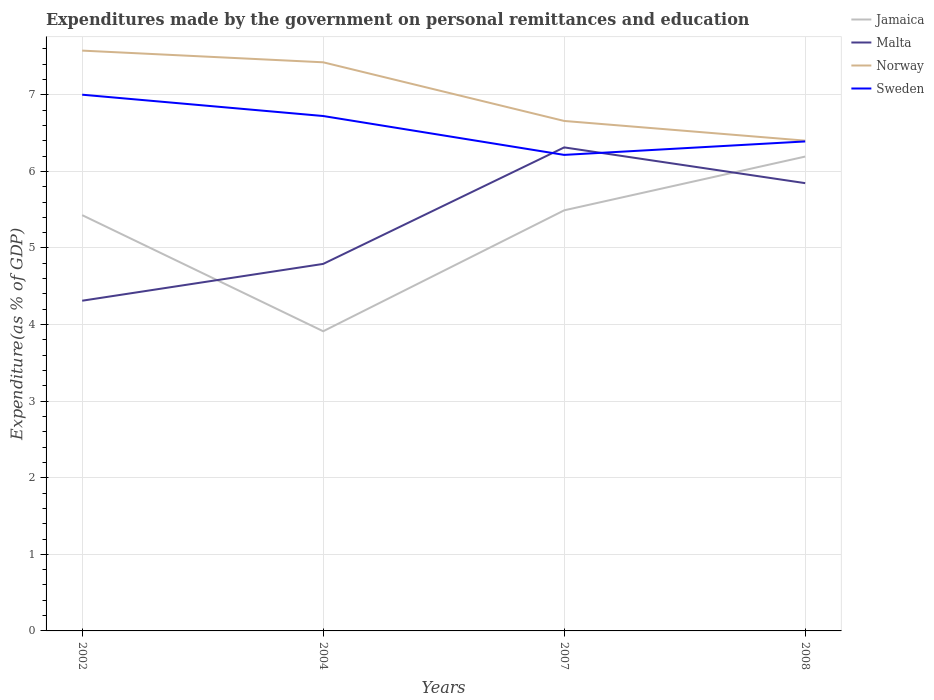
| Years | Jamaica | Malta | Norway | Sweden |
 | --- | --- | --- | --- | --- |
 | 2002 | 5.43 | 4.31 | 7.58 | 7 |
 | 2004 | 3.91 | 4.79 | 7.42 | 6.72 |
 | 2007 | 5.49 | 6.31 | 6.66 | 6.22 |
 | 2008 | 6.19 | 5.85 | 6.4 | 6.39 |